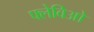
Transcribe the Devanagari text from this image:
फ्लेविओ